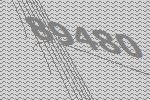
89480